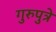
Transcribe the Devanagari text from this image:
गुरुपुत्रे